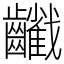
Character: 𪙻